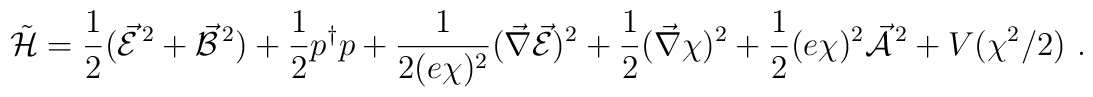
\tilde{\cal H} = \frac{1}{2} (\vec{\cal E}^{\,2} + \vec{\cal B}^{\,2}) + \frac{1}{2}p^{\dagger}p + \frac{1}{2(e\chi)^2} (\vec{\nabla}\vec{\cal E})^2 + \frac{1}{2}(\vec{\nabla}\chi)^2 +\frac{1}{2} (e\chi)^2\vec{\cal A}^{\,2}+ V(\chi^2/2) \ .